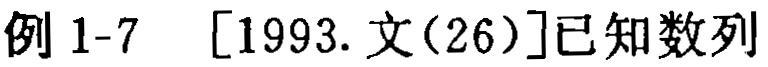
例 1-7  [1993. 文(26)]已知数列